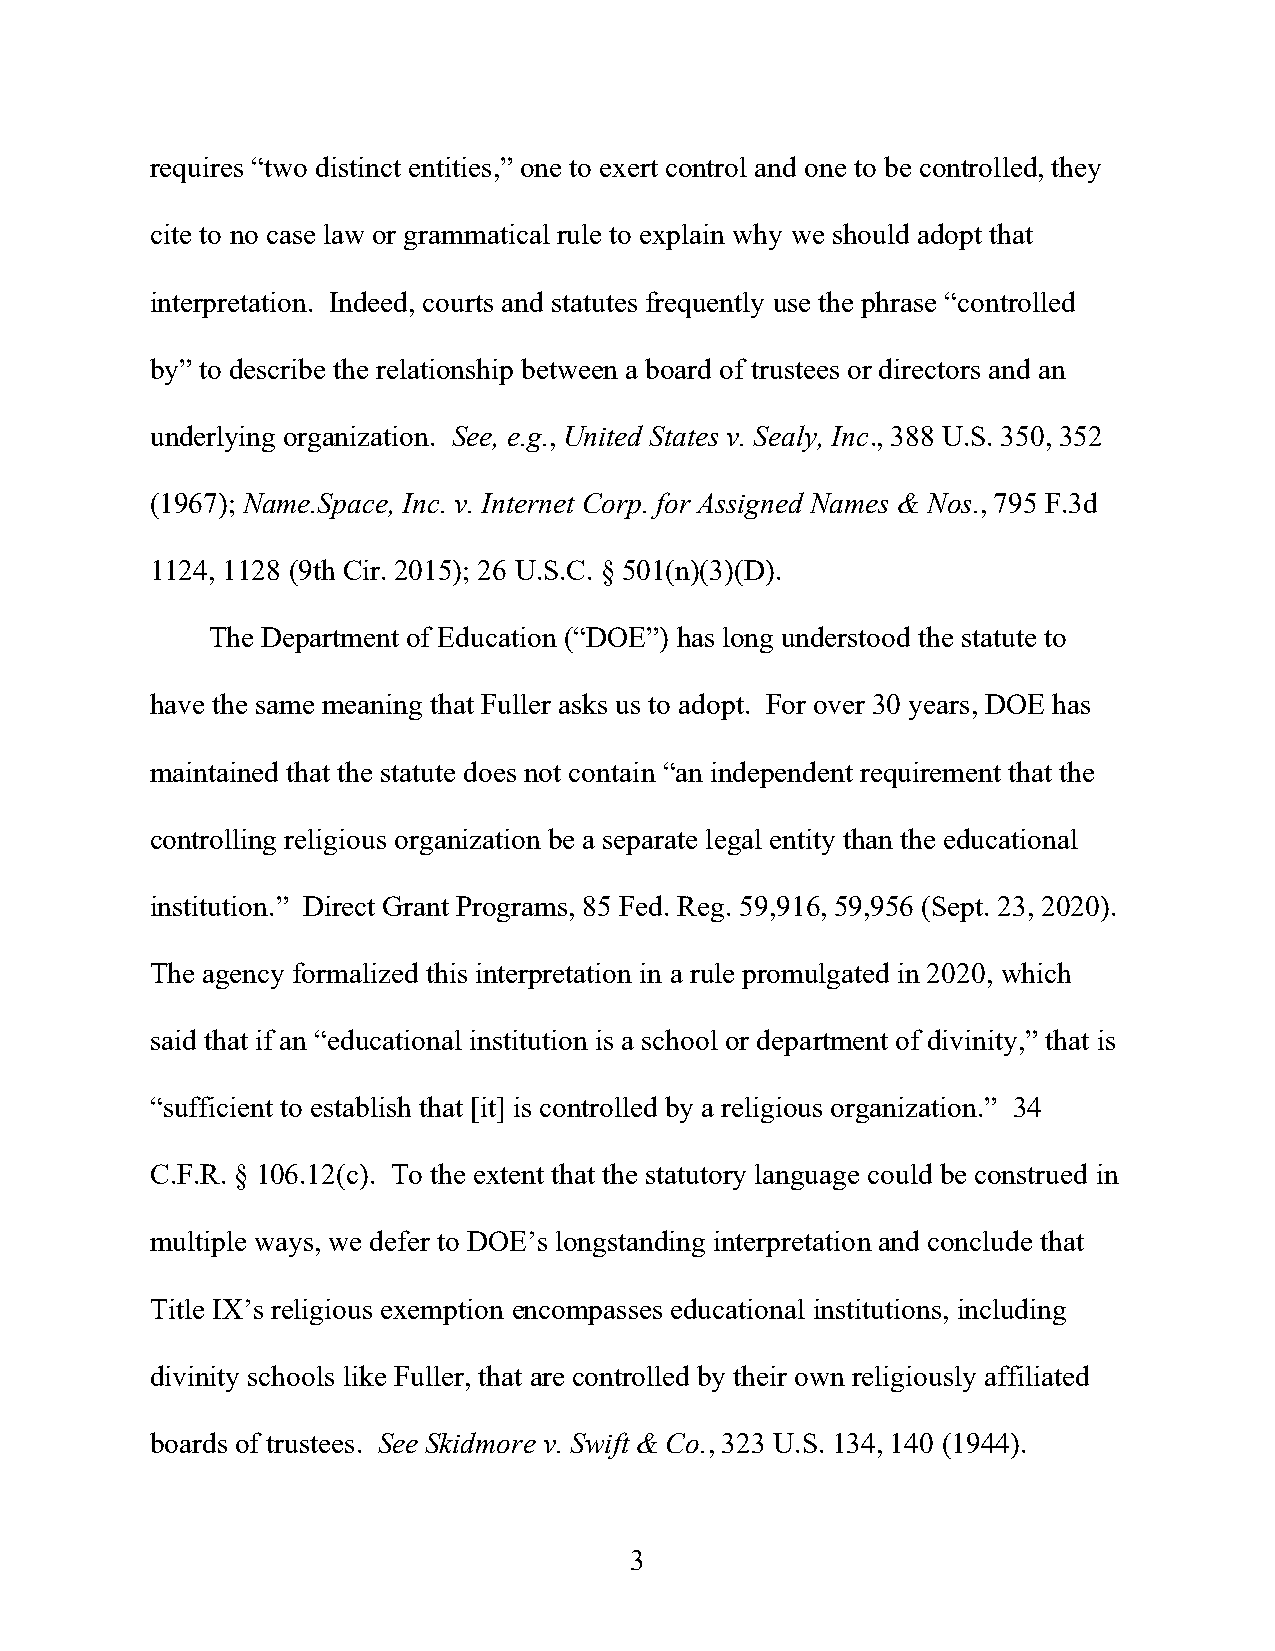
requires “two distinct entities,” one to exert control and one to be controlled, they
 cite to no case law or grammatical rule to explain why we should adopt that
 interpretation. Indeed, courts and statutes frequently use the phrase “controlled
 by” to describe the relationship between a board of trustees or directors and an
 underlying organization. See, e.g., United States v. Sealy, Inc., 388 U.S. 350, 352
 (1967); Name.Space, Inc. v. Internet Corp. for Assigned Names & Nos., 795 F.3d
 1124, 1128 (9th Cir. 2015); 26 U.S.C. § 501(n)(3)(D).
 The Department of Education (“DOE”) has long understood the statute to
 have the same meaning that Fuller asks us to adopt. For over 30 years, DOE has
 maintained that the statute does not contain “an independent requirement that the
 controlling religious organization be a separate legal entity than the educational
 institution.” Direct Grant Programs, 85 Fed. Reg. 59,916, 59,956 (Sept. 23, 2020).
 The agency formalized this interpretation in a rule promulgated in 2020, which
 said that if an “educational institution is a school or department of divinity,” that is
 “sufficient to establish that [it] is controlled by a religious organization.” 34
 C.F.R. § 106.12(c). To the extent that the statutory language could be construed in
 multiple ways, we defer to DOE’s longstanding interpretation and conclude that
 Title IX’s religious exemption encompasses educational institutions, including
 divinity schools like Fuller, that are controlled by their own religiously affiliated
 boards of trustees. See Skidmore v. Swift & Co., 323 U.S. 134, 140 (1944).
 3